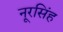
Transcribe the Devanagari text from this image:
नूरसिंह